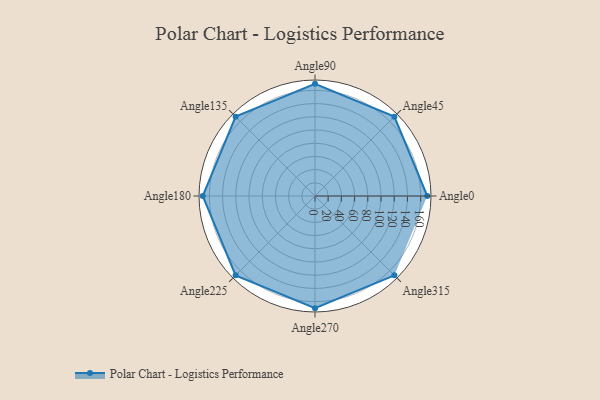
{"axis": {"x": "Angle", "y": "Radius"}, "legend": [""], "data": [{"x": "Angle0", "y": 170, "type": ""}, {"x": "Angle45", "y": 170, "type": ""}, {"x": "Angle90", "y": 170, "type": ""}, {"x": "Angle135", "y": 170, "type": ""}, {"x": "Angle180", "y": 170, "type": ""}, {"x": "Angle225", "y": 170, "type": ""}, {"x": "Angle270", "y": 170, "type": ""}, {"x": "Angle315", "y": 170, "type": ""}]}